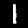
Label: 1